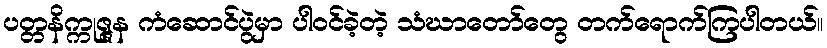
ပတ္တနိက္ကုဇ္ဇန ကံဆောင်ပွဲမှာ ပါဝင်ခဲ့တဲ့ သံဃာတော်တွေ တက်ရောက်ကြပါတယ်။